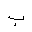
Letter: _ba